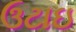
ઉટાઇ